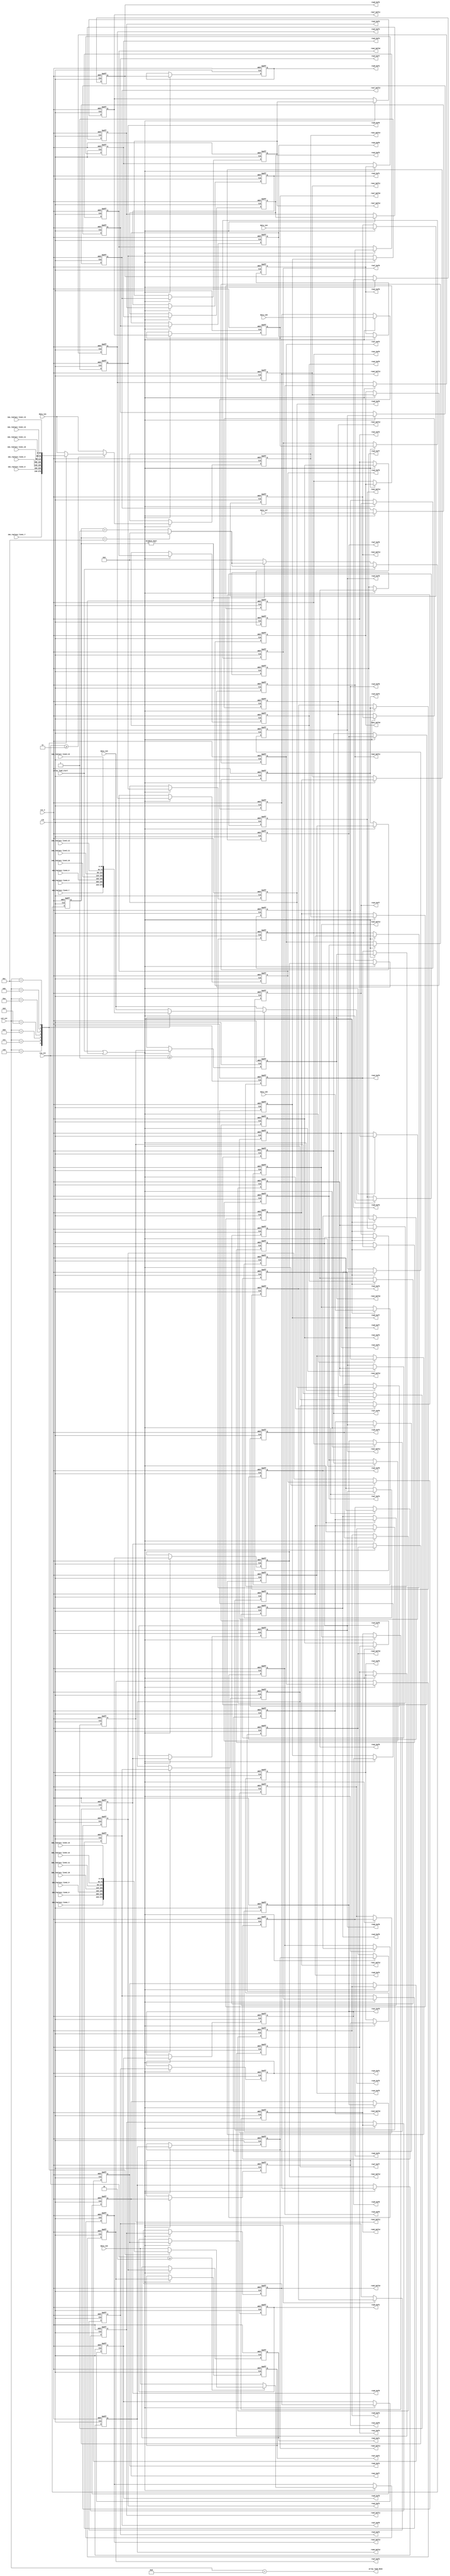
module array_load #(
    parameter DW_IN         = 10,
    parameter ROW_CNT_WIDTH = 4 ,
    parameter COL_CNT_WIDTH = 5
)(
    input                     clk,
    input                     rst_n,

    input [ROW_CNT_WIDTH-1:0] row_cnt,
    input [COL_CNT_WIDTH-1:0] col_cnt,

    input                     array_load_start,

    input [DW_IN*4-1:0]       data_in1,
    input [DW_IN*4-1:0]       data_in2,
    input [DW_IN*4-1:0]       data_in3,
    input [DW_IN*4-1:0]       data_in4,
    input [DW_IN*4-1:0]       data_in5,
    input [DW_IN*4-1:0]       data_in6,
    input [DW_IN*4-1:0]       data_in7,
    
    input [DW_IN*4-1:0]       imo_replace_line1_7 , imo_replace_line1_8 , imo_replace_line1_9 , imo_replace_line1_10,
    input [DW_IN*4-1:0]       imo_replace_line1_11, imo_replace_line1_12, imo_replace_line1_13,

    input [DW_IN*4-1:0]       imo_replace_line2_7 , imo_replace_line2_8 , imo_replace_line2_9 , imo_replace_line2_10,
    input [DW_IN*4-1:0]       imo_replace_line2_11, imo_replace_line2_12, imo_replace_line2_13,

    input [DW_IN*4-1:0]       imo_replace_line3_7 , imo_replace_line3_8 , imo_replace_line3_9 , imo_replace_line3_10,
    input [DW_IN*4-1:0]       imo_replace_line3_11, imo_replace_line3_12, imo_replace_line3_13,

    output                    array_load_done,

    output reg [DW_IN*4-1:0]  row1_buf1, row1_buf2, row1_buf3 , row1_buf4 , row1_buf5 , row1_buf6 , row1_buf7, 
    output reg [DW_IN*4-1:0]  row1_buf8, row1_buf9, row1_buf10, row1_buf11, row1_buf12, row1_buf13,

    output reg [DW_IN*4-1:0]  row2_buf1, row2_buf2, row2_buf3 , row2_buf4 , row2_buf5 , row2_buf6 , row2_buf7, 
    output reg [DW_IN*4-1:0]  row2_buf8, row2_buf9, row2_buf10, row2_buf11, row2_buf12, row2_buf13,

    output reg [DW_IN*4-1:0]  row3_buf1, row3_buf2, row3_buf3 , row3_buf4 , row3_buf5 , row3_buf6 , row3_buf7, 
    output reg [DW_IN*4-1:0]  row3_buf8, row3_buf9, row3_buf10, row3_buf11, row3_buf12, row3_buf13,

    output reg [DW_IN*4-1:0]  row4_buf1, row4_buf2, row4_buf3 , row4_buf4 , row4_buf5 , row4_buf6 , row4_buf7, 
    output reg [DW_IN*4-1:0]  row4_buf8, row4_buf9, row4_buf10, row4_buf11, row4_buf12, row4_buf13,

    output reg [DW_IN*4-1:0]  row5_buf1, row5_buf2, row5_buf3 , row5_buf4 , row5_buf5 , row5_buf6 , row5_buf7, 
    output reg [DW_IN*4-1:0]  row5_buf8, row5_buf9, row5_buf10, row5_buf11, row5_buf12, row5_buf13,

    output reg [DW_IN*4-1:0]  row6_buf1, row6_buf2, row6_buf3 , row6_buf4 , row6_buf5 , row6_buf6 , row6_buf7, 
    output reg [DW_IN*4-1:0]  row6_buf8, row6_buf9, row6_buf10, row6_buf11, row6_buf12, row6_buf13,

    output reg [DW_IN*4-1:0]  row7_buf1, row7_buf2, row7_buf3 , row7_buf4 , row7_buf5 , row7_buf6 , row7_buf7, 
    output reg [DW_IN*4-1:0]  row7_buf8, row7_buf9, row7_buf10, row7_buf11, row7_buf12, row7_buf13
);

reg  [3:0] load_cnt     ;
wire [3:0] load_cnt_temp;

assign load_cnt_temp = (load_cnt==4'd12)? 4'd0:(load_cnt+4'd1);

always@(posedge clk or negedge rst_n) begin
if(!rst_n)
    load_cnt <= 4'd0;
else if(array_load_start)
    load_cnt <= load_cnt_temp;
else if(load_cnt != 4'd0)
    load_cnt <= load_cnt_temp;
else
    load_cnt <= 4'd0;
end

always@(posedge clk or negedge rst_n) 
begin
    if(!rst_n) begin
        row4_buf1 <= {DW_IN*4{1'b0}}; row4_buf2  <= {DW_IN*4{1'b0}}; row4_buf3  <= {DW_IN*4{1'b0}}; row4_buf4  <= {DW_IN*4{1'b0}};
        row4_buf5 <= {DW_IN*4{1'b0}}; row4_buf6  <= {DW_IN*4{1'b0}}; row4_buf7  <= {DW_IN*4{1'b0}}; row4_buf8  <= {DW_IN*4{1'b0}};
        row4_buf9 <= {DW_IN*4{1'b0}}; row4_buf10 <= {DW_IN*4{1'b0}}; row4_buf11 <= {DW_IN*4{1'b0}}; row4_buf12 <= {DW_IN*4{1'b0}}; row4_buf13 <= {DW_IN*4{1'b0}};
    end
    else if(array_load_start || load_cnt!=4'd0)begin
        row4_buf1 <= row4_buf2; row4_buf2 <= row4_buf3 ; row4_buf3  <= row4_buf4 ; row4_buf4  <= row4_buf5 ; row4_buf5  <= row4_buf6 ; row4_buf6  <= row4_buf7; row4_buf7 <= row4_buf8; 
        row4_buf8 <= row4_buf9; row4_buf9 <= row4_buf10; row4_buf10 <= row4_buf11; row4_buf11 <= row4_buf12; row4_buf12 <= row4_buf13; row4_buf13 <= data_in4 ;
    end    
end

always@(posedge clk or negedge rst_n) 
begin
    if(!rst_n) begin
        row5_buf1 <= {DW_IN*4{1'b0}}; row5_buf2  <= {DW_IN*4{1'b0}}; row5_buf3  <= {DW_IN*4{1'b0}}; row5_buf4  <= {DW_IN*4{1'b0}};
        row5_buf5 <= {DW_IN*4{1'b0}}; row5_buf6  <= {DW_IN*4{1'b0}}; row5_buf7  <= {DW_IN*4{1'b0}}; row5_buf8  <= {DW_IN*4{1'b0}};
        row5_buf9 <= {DW_IN*4{1'b0}}; row5_buf10 <= {DW_IN*4{1'b0}}; row5_buf11 <= {DW_IN*4{1'b0}}; row5_buf12 <= {DW_IN*4{1'b0}}; row5_buf13 <= {DW_IN*4{1'b0}};
    end
    else if(array_load_start || load_cnt!=4'd0)begin
        row5_buf1 <= row5_buf2; row5_buf2 <= row5_buf3 ; row5_buf3  <= row5_buf4 ; row5_buf4  <= row5_buf5 ; row5_buf5  <= row5_buf6 ; row5_buf6  <= row5_buf7; row5_buf7 <= row5_buf8; 
        row5_buf8 <= row5_buf9; row5_buf9 <= row5_buf10; row5_buf10 <= row5_buf11; row5_buf11 <= row5_buf12; row5_buf12 <= row5_buf13; row5_buf13 <= data_in5 ;
    end    
end

always@(posedge clk or negedge rst_n) 
begin
    if(!rst_n) begin
        row6_buf1 <= {DW_IN*4{1'b0}}; row6_buf2  <= {DW_IN*4{1'b0}}; row6_buf3  <= {DW_IN*4{1'b0}}; row6_buf4  <= {DW_IN*4{1'b0}};
        row6_buf5 <= {DW_IN*4{1'b0}}; row6_buf6  <= {DW_IN*4{1'b0}}; row6_buf7  <= {DW_IN*4{1'b0}}; row6_buf8  <= {DW_IN*4{1'b0}};
        row6_buf9 <= {DW_IN*4{1'b0}}; row6_buf10 <= {DW_IN*4{1'b0}}; row6_buf11 <= {DW_IN*4{1'b0}}; row6_buf12 <= {DW_IN*4{1'b0}}; row6_buf13 <= {DW_IN*4{1'b0}};
    end
    else if(array_load_start || load_cnt!=4'd0)begin
        row6_buf1 <= row6_buf2; row6_buf2 <= row6_buf3 ; row6_buf3  <= row6_buf4 ; row6_buf4  <= row6_buf5 ; row6_buf5  <= row6_buf6 ; row6_buf6  <= row6_buf7; row6_buf7 <= row6_buf8; 
        row6_buf8 <= row6_buf9; row6_buf9 <= row6_buf10; row6_buf10 <= row6_buf11; row6_buf11 <= row6_buf12; row6_buf12 <= row6_buf13; row6_buf13 <= data_in6 ;
    end    
end

always@(posedge clk or negedge rst_n) 
begin
    if(!rst_n) begin
        row7_buf1 <= {DW_IN*4{1'b0}}; row7_buf2  <= {DW_IN*4{1'b0}}; row7_buf3  <= {DW_IN*4{1'b0}}; row7_buf4  <= {DW_IN*4{1'b0}};
        row7_buf5 <= {DW_IN*4{1'b0}}; row7_buf6  <= {DW_IN*4{1'b0}}; row7_buf7  <= {DW_IN*4{1'b0}}; row7_buf8  <= {DW_IN*4{1'b0}};
        row7_buf9 <= {DW_IN*4{1'b0}}; row7_buf10 <= {DW_IN*4{1'b0}}; row7_buf11 <= {DW_IN*4{1'b0}}; row7_buf12 <= {DW_IN*4{1'b0}}; row7_buf13 <= {DW_IN*4{1'b0}};
    end
    else if(array_load_start || load_cnt!=4'd0)begin
        row7_buf1 <= row7_buf2; row7_buf2 <= row7_buf3 ; row7_buf3  <= row7_buf4 ; row7_buf4  <= row7_buf5 ; row7_buf5  <= row7_buf6 ; row7_buf6  <= row7_buf7; row7_buf7 <= row7_buf8; 
        row7_buf8 <= row7_buf9; row7_buf9 <= row7_buf10; row7_buf10 <= row7_buf11; row7_buf11 <= row7_buf12; row7_buf12 <= row7_buf13; row7_buf13 <= data_in7 ; 
    end    
end

always@(posedge clk or negedge rst_n) 
begin
    if(!rst_n) begin
        row1_buf1 <= {DW_IN*4{1'b0}}; row1_buf2  <= {DW_IN*4{1'b0}}; row1_buf3  <= {DW_IN*4{1'b0}}; row1_buf4  <= {DW_IN*4{1'b0}};
        row1_buf5 <= {DW_IN*4{1'b0}}; row1_buf6  <= {DW_IN*4{1'b0}}; row1_buf7  <= {DW_IN*4{1'b0}}; row1_buf8  <= {DW_IN*4{1'b0}};
        row1_buf9 <= {DW_IN*4{1'b0}}; row1_buf10 <= {DW_IN*4{1'b0}}; row1_buf11 <= {DW_IN*4{1'b0}}; row1_buf12 <= {DW_IN*4{1'b0}};
    end
    else if(array_load_start || load_cnt!=4'd0)begin
        row1_buf1 <= row1_buf2; row1_buf2 <= row1_buf3; row1_buf3 <= row1_buf4 ; row1_buf4  <= row1_buf5 ; row1_buf5  <= row1_buf6 ; row1_buf6  <= row1_buf7 ; 
        row1_buf7 <= row1_buf8; row1_buf8 <= row1_buf9; row1_buf9 <= row1_buf10; row1_buf10 <= row1_buf11; row1_buf11 <= row1_buf12; row1_buf12 <= row1_buf13; 
    end    
end

//control the source of array
always@(posedge clk or negedge rst_n) begin
if(!rst_n)
    row1_buf13 <= {DW_IN*4{1'b0}};
else if(array_load_start || load_cnt!=4'd0) begin
    if(row_cnt >= 4'd3)
        case(col_cnt)
            5'd6 : row1_buf13 <= imo_replace_line1_7 ;
            5'd7 : row1_buf13 <= imo_replace_line1_8 ;
            5'd8 : row1_buf13 <= imo_replace_line1_9 ;
            5'd9 : row1_buf13 <= imo_replace_line1_10;
            5'd10: row1_buf13 <= imo_replace_line1_11;
            5'd11: row1_buf13 <= imo_replace_line1_12;
            5'd12: row1_buf13 <= imo_replace_line1_13;
            default: row1_buf13 <= data_in1;
        endcase
    else
        row1_buf13 <= data_in1; 
    end    
end

always@(posedge clk or negedge rst_n) 
begin
    if(!rst_n) begin
        row2_buf1 <= {DW_IN*4{1'b0}}; row2_buf2  <= {DW_IN*4{1'b0}}; row2_buf3  <= {DW_IN*4{1'b0}}; row2_buf4  <= {DW_IN*4{1'b0}};
        row2_buf5 <= {DW_IN*4{1'b0}}; row2_buf6  <= {DW_IN*4{1'b0}}; row2_buf7  <= {DW_IN*4{1'b0}}; row2_buf8  <= {DW_IN*4{1'b0}};
        row2_buf9 <= {DW_IN*4{1'b0}}; row2_buf10 <= {DW_IN*4{1'b0}}; row2_buf11 <= {DW_IN*4{1'b0}}; row2_buf12 <= {DW_IN*4{1'b0}};
    end
    else if(array_load_start || load_cnt!=4'd0)begin
        row2_buf1 <= row2_buf2; row2_buf2 <= row2_buf3; row2_buf3 <= row2_buf4 ; row2_buf4  <= row2_buf5 ; row2_buf5  <= row2_buf6 ; row2_buf6  <= row2_buf7 ; 
        row2_buf7 <= row2_buf8; row2_buf8 <= row2_buf9; row2_buf9 <= row2_buf10; row2_buf10 <= row2_buf11; row2_buf11 <= row2_buf12; row2_buf12 <= row2_buf13; 
    end    
end

//control the source of array
always@(posedge clk or negedge rst_n) begin
if(!rst_n)
    row2_buf13 <= {DW_IN*4{1'b0}};
else if(array_load_start || load_cnt!=4'd0) begin
    if(row_cnt >= 4'd2)
        case(col_cnt)
            5'd6 : row2_buf13 <= imo_replace_line2_7 ;
            5'd7 : row2_buf13 <= imo_replace_line2_8 ;
            5'd8 : row2_buf13 <= imo_replace_line2_9 ;
            5'd9 : row2_buf13 <= imo_replace_line2_10;
            5'd10: row2_buf13 <= imo_replace_line2_11;
            5'd11: row2_buf13 <= imo_replace_line2_12;
            5'd12: row2_buf13 <= imo_replace_line2_13;
            default: row2_buf13 <= data_in2;
        endcase
    else
        row2_buf13 <= data_in2;
    end
end

always@(posedge clk or negedge rst_n) 
begin
    if(!rst_n) begin
        row3_buf1 <= {DW_IN*4{1'b0}}; row3_buf2  <= {DW_IN*4{1'b0}}; row3_buf3  <= {DW_IN*4{1'b0}}; row3_buf4  <= {DW_IN*4{1'b0}};
        row3_buf5 <= {DW_IN*4{1'b0}}; row3_buf6  <= {DW_IN*4{1'b0}}; row3_buf7  <= {DW_IN*4{1'b0}}; row3_buf8  <= {DW_IN*4{1'b0}};
        row3_buf9 <= {DW_IN*4{1'b0}}; row3_buf10 <= {DW_IN*4{1'b0}}; row3_buf11 <= {DW_IN*4{1'b0}}; row3_buf12 <= {DW_IN*4{1'b0}};
    end
    else if(array_load_start || load_cnt!=4'd0)begin
        row3_buf1 <= row3_buf2; row3_buf2 <= row3_buf3; row3_buf3 <= row3_buf4 ; row3_buf4  <= row3_buf5 ; row3_buf5  <= row3_buf6 ; row3_buf6  <= row3_buf7 ; 
        row3_buf7 <= row3_buf8; row3_buf8 <= row3_buf9; row3_buf9 <= row3_buf10; row3_buf10 <= row3_buf11; row3_buf11 <= row3_buf12; row3_buf12 <= row3_buf13; 
    end    
end

//control the source of array
always@(posedge clk or negedge rst_n) begin
if(!rst_n)
    row3_buf13 <= {DW_IN*4{1'b0}};
else if(array_load_start || load_cnt!=4'd0) begin
    if(row_cnt >= 4'd1) begin
        case(col_cnt)
            5'd6 : row3_buf13 <= imo_replace_line3_7 ;
            5'd7 : row3_buf13 <= imo_replace_line3_8 ;
            5'd8 : row3_buf13 <= imo_replace_line3_9 ;
            5'd9 : row3_buf13 <= imo_replace_line3_10;
            5'd10: row3_buf13 <= imo_replace_line3_11;
            5'd11: row3_buf13 <= imo_replace_line3_12;
            5'd12: row3_buf13 <= imo_replace_line3_13;
            default: row3_buf13 <= data_in3;
        endcase
    end
    else
        row3_buf13 <= data_in3;
    end
end

assign array_load_done = (col_cnt==4'd13);

endmodule